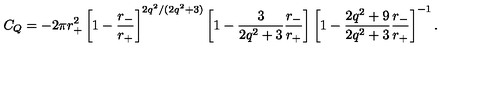
C _ { Q } = - 2 \pi r _ { + } ^ { 2 } \left[ 1 - \frac { r _ { - } } { r _ { + } } \right] ^ { 2 q ^ { 2 } / ( 2 q ^ { 2 } + 3 ) } \left[ 1 - \frac { 3 } { 2 q ^ { 2 } + 3 } \frac { r _ { - } } { r _ { + } } \right] \left[ 1 - \frac { 2 q ^ { 2 } + 9 } { 2 q ^ { 2 } + 3 } \frac { r _ { - } } { r _ { + } } \right] ^ { - 1 } .